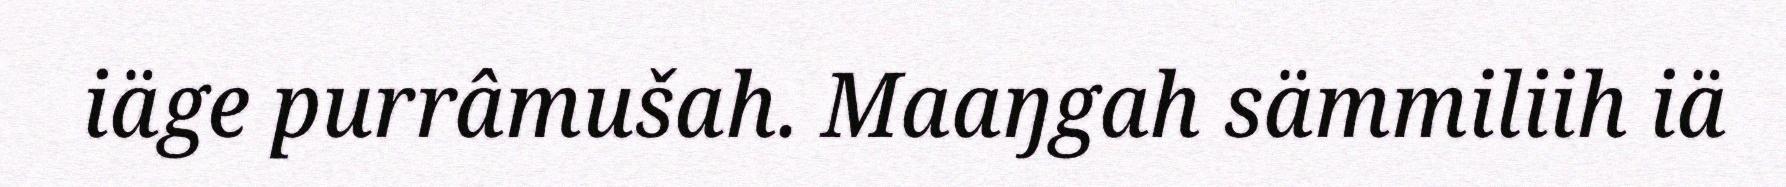
iäge purrâmušah. Maaŋgah sämmiliih iä